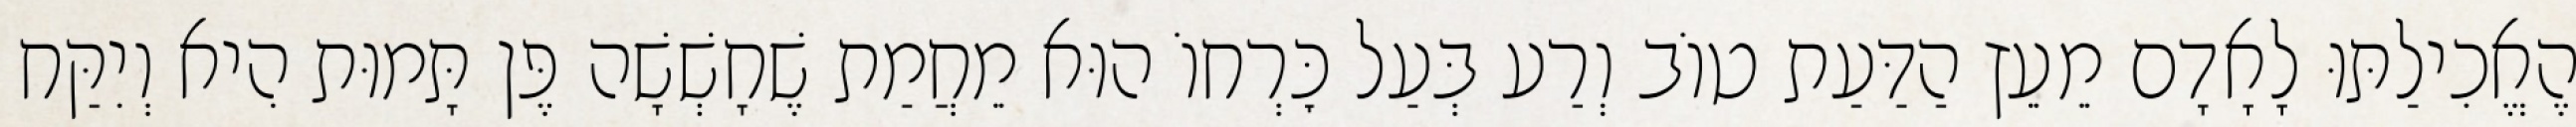
הֶאֱכִילַתּוּ לָאָדָם מֵעֵץ הַדַּעַת טוֹב וְרַע בְּעַל כׇּרְחוֹ הוּא מֵחֲמַת שֶׁחָשְׁשָׁה פֶּן תָּמוּת הִיא וְיִקַּח